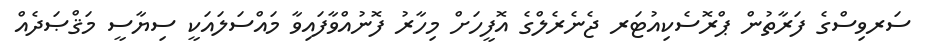
ސަރވިސްގެ ފަރާތުން ޕްރޮސެކިިއުޓަރ ޖެނެރެލްގެ އޮފީހަށް މިހާރު ފޮނުއްވާފައިވާ މައްސަލައަކީ ސިޔާސީ މަޤްޞަދެއް